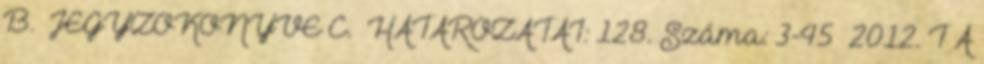
B. JEGYZŐKÖNYVE C. HATÁROZATAI: 128. Száma: 3-45 2012. T Á